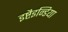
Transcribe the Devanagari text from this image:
इष्टैइन्डिया